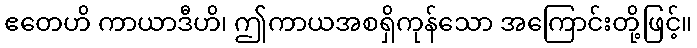
ဧတေဟိ ကာယာဒီဟိ၊ ဤကာယအစရှိကုန်သော အကြောင်းတို့ဖြင့်။